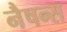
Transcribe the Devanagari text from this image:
नैषन्स